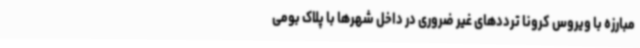
مبارزه با ویروس کرونا ترددهای غیر ضروری در داخل شهرها با پلاک بومی